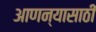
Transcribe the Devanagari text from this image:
आणन्यासाठी